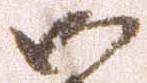
御